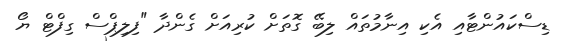
ޑިސްކައުންޓާއި އެކި އިނާމުތައް ލިބޭ ގޮތަށް ކުރިއަށް ގެންދާ "ފިލިޕްސް ގިފްޓް ޔޯ